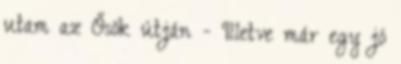
utam az Ősök útján - Illetve már egy jó